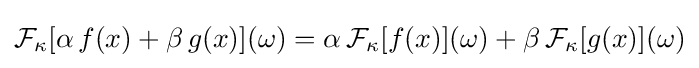
{\cal {F}}_{\kappa }[\alpha \,f(x)+\beta \,g(x)](\omega )=\alpha \,{\cal {F}}_{\kappa }[f(x)](\omega )+\beta \,{\cal {F}}_{\kappa }[g(x)](\omega )